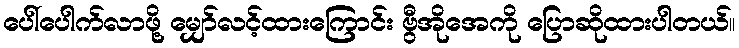
ပေါ်ပေါက်လာဖို့ မျှော်လင့်ထားကြောင်း ဗွီအိုအေကို ပြောဆိုထားပါတယ်။